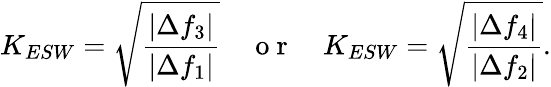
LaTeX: K_{ESW}=\sqrt{\frac{\left|\Delta f_{3}\right|}{\left|\Delta f_{1}\right|}}\quad\mathrm{~o~r~}\quad K_{ESW}=\sqrt{\frac{\left|\Delta f_{4}\right|}{\left|\Delta f_{2}\right|}}.